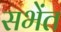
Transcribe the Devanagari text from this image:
सभेंत